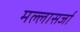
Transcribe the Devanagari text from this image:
मल्लासर्जा